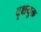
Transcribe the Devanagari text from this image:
वृक्षयुक्त